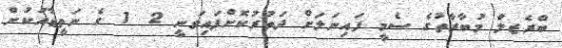
ބްރެޒލް މުބާރާތުގެ ސެމީ ފައިނަލަށް ދަތުރުކޮށްފައިވަނީ 2  1 ގެ ނަތީޖާއަކުން